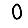
Digit: 0